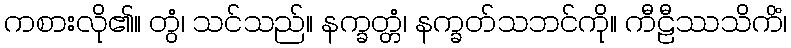
ကစားလို၏။ တွံ၊ သင်သည်။ နက္ခတ္တံ၊ နက္ခတ်သဘင်ကို။ ကီဠီဿသိကိံ၊